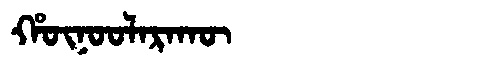
Manchu: ᡥᡡᠨᠣᠣᠯᠠᡵᠠᡴᡡ
Romanization: HŪNOOLARAKŪ